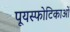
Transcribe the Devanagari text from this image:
पूयस्फोटिकाओं